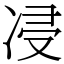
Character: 㓎